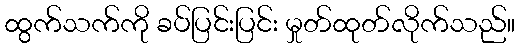
ထွက်သက်ကို ခပ်ပြင်းပြင်း မှုတ်ထုတ်လိုက်သည်။